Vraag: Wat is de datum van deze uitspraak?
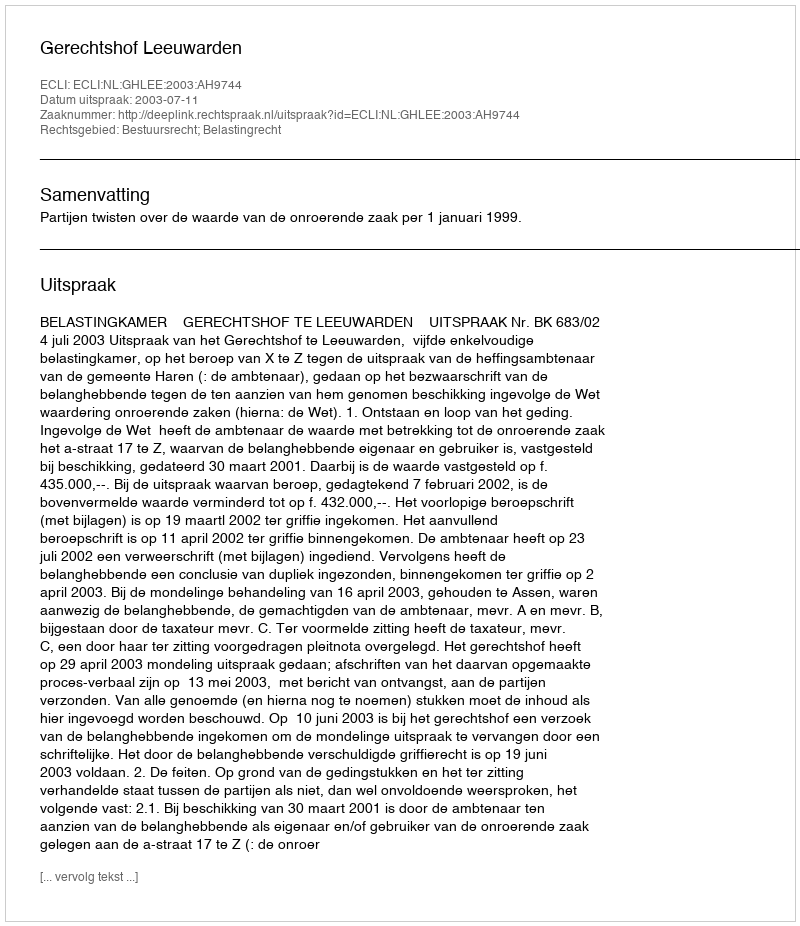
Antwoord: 2003-07-11